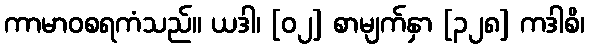
ကာမာဝစရကံသည်။ ယဒါ၊ [၀၂] စာမျက်နှာ [၃၂၈] ကဒါစိ၊